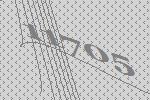
11705